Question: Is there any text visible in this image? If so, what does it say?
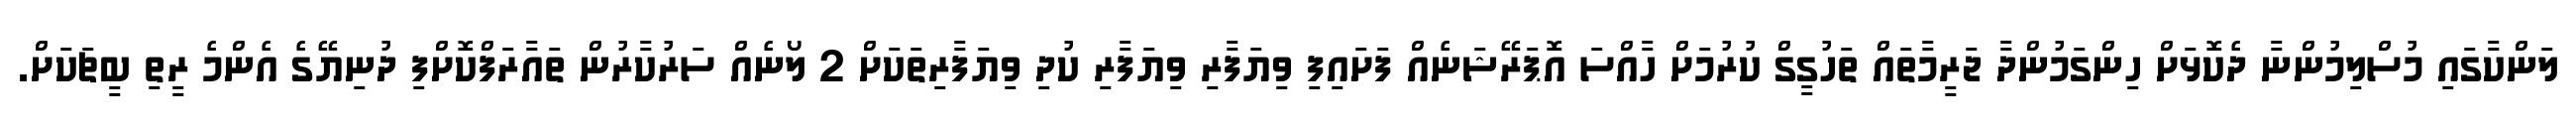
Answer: ލަންކާގައި މުސްލިމުންނާ ދެކޮޅަށް ހިންގަމުންދާ ޖަރީމާތައް ތަހުގީގް ކުރުމަށް ހާއްސަ އޮޕަރޭޝަނެއް ފަށައިފި ވިޔަފާރި ވިޔަފާރި ކުދި ވިޔަފާރިތަކަށް 2 ލޯނެއް ސަރުކާރުން ތައާރަފްކޮށްފި ދުނިޔޭގެ އެންމެ ރީތި ބީޗަކަށް.